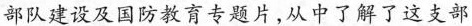
部队建设及国防教育专题片，从中了解了这支部